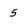
Character: 5